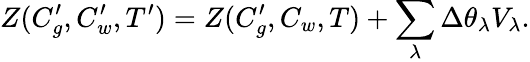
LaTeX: Z(C_{g}^{\prime},C_{w}^{\prime},T^{\prime})=Z(C_{g}^{\prime},C_{w},T)+\sum_{\lambda}\Delta\theta_{\lambda}V_{\lambda}.